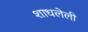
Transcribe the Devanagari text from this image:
शाधलेली